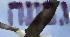
גבעה